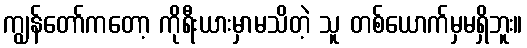
ကျွန်တော်ကတော့ ကိုရီးယားမှာမသိတဲ့ သူ တစ်ယောက်မှမရှိဘူး။